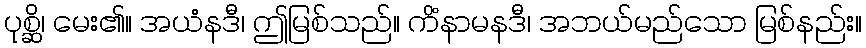
ပုစ္ဆိ၊ မေး၏။ အယံနဒီ၊ ဤမြစ်သည်။ ကိံနာမနဒီ၊ အဘယ်မည်သော မြစ်နည်း။